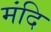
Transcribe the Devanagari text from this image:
मंदि